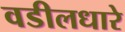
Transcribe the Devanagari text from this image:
वडीलधारे